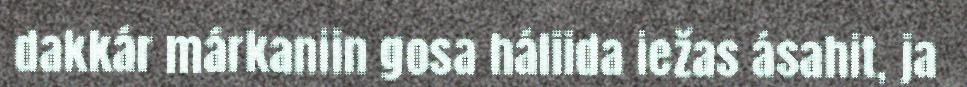
dakkár márkaniin gosa háliida iežas ásahit, ja